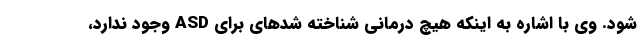
شود. وی با اشاره به اینکه هیچ درمانی شناخته شدهای برای ASD وجود ندارد،